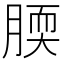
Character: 腝